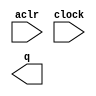
// megafunction wizard: %LPM_COUNTER%VBB%
// GENERATION: STANDARD
// VERSION: WM1.0
// MODULE: lpm_counter 

// ============================================================
// Megafunction Name(s):
// 			lpm_counter
//
// Simulation Library Files(s):
// 			lpm
// ============================================================
// ************************************************************
// THIS IS A WIZARD-GENERATED FILE. DO NOT EDIT THIS FILE!
//
// 9.0 Build 132 02/25/2009 SJ Web Edition
// ************************************************************

//Copyright (C) 1991-2009 Altera Corporation
//Your use of Altera Corporation's design tools, logic functions 
//and other software and tools, and its AMPP partner logic 
//functions, and any output files from any of the foregoing 
//(including device programming or simulation files), and any 
//associated documentation or information are expressly subject 
//to the terms and conditions of the Altera Program License 
//Subscription Agreement, Altera MegaCore Function License 
//Agreement, or other applicable license agreement, including, 
//without limitation, that your use is for the sole purpose of 
//programming logic devices manufactured by Altera and sold by 
//Altera or its authorized distributors.  Please refer to the 
//applicable agreement for further details.

module counter (
	aclr,
	clock,
	q);

	input	  aclr;
	input	  clock;
	output	[1:0]  q;

endmodule

// ============================================================
// CNX file retrieval info
// ============================================================
// Retrieval info: PRIVATE: ACLR NUMERIC "1"
// Retrieval info: PRIVATE: ALOAD NUMERIC "0"
// Retrieval info: PRIVATE: ASET NUMERIC "0"
// Retrieval info: PRIVATE: ASET_ALL1 NUMERIC "1"
// Retrieval info: PRIVATE: CLK_EN NUMERIC "0"
// Retrieval info: PRIVATE: CNT_EN NUMERIC "0"
// Retrieval info: PRIVATE: CarryIn NUMERIC "0"
// Retrieval info: PRIVATE: CarryOut NUMERIC "0"
// Retrieval info: PRIVATE: Direction NUMERIC "0"
// Retrieval info: PRIVATE: INTENDED_DEVICE_FAMILY STRING "Stratix II"
// Retrieval info: PRIVATE: ModulusCounter NUMERIC "0"
// Retrieval info: PRIVATE: ModulusValue NUMERIC "0"
// Retrieval info: PRIVATE: SCLR NUMERIC "0"
// Retrieval info: PRIVATE: SLOAD NUMERIC "0"
// Retrieval info: PRIVATE: SSET NUMERIC "0"
// Retrieval info: PRIVATE: SSET_ALL1 NUMERIC "1"
// Retrieval info: PRIVATE: SYNTH_WRAPPER_GEN_POSTFIX STRING "0"
// Retrieval info: PRIVATE: nBit NUMERIC "2"
// Retrieval info: CONSTANT: LPM_DIRECTION STRING "UP"
// Retrieval info: CONSTANT: LPM_PORT_UPDOWN STRING "PORT_UNUSED"
// Retrieval info: CONSTANT: LPM_TYPE STRING "LPM_COUNTER"
// Retrieval info: CONSTANT: LPM_WIDTH NUMERIC "2"
// Retrieval info: USED_PORT: aclr 0 0 0 0 INPUT NODEFVAL aclr
// Retrieval info: USED_PORT: clock 0 0 0 0 INPUT NODEFVAL clock
// Retrieval info: USED_PORT: q 0 0 2 0 OUTPUT NODEFVAL q[1..0]
// Retrieval info: CONNECT: @clock 0 0 0 0 clock 0 0 0 0
// Retrieval info: CONNECT: q 0 0 2 0 @q 0 0 2 0
// Retrieval info: CONNECT: @aclr 0 0 0 0 aclr 0 0 0 0
// Retrieval info: LIBRARY: lpm lpm.lpm_components.all
// Retrieval info: GEN_FILE: TYPE_NORMAL counter.v TRUE
// Retrieval info: GEN_FILE: TYPE_NORMAL counter.inc TRUE
// Retrieval info: GEN_FILE: TYPE_NORMAL counter.cmp FALSE
// Retrieval info: GEN_FILE: TYPE_NORMAL counter.bsf TRUE FALSE
// Retrieval info: GEN_FILE: TYPE_NORMAL counter_inst.v FALSE
// Retrieval info: GEN_FILE: TYPE_NORMAL counter_bb.v TRUE
// Retrieval info: GEN_FILE: TYPE_NORMAL counter_waveforms.html TRUE
// Retrieval info: GEN_FILE: TYPE_NORMAL counter_wave*.jpg FALSE
// Retrieval info: LIB_FILE: lpm